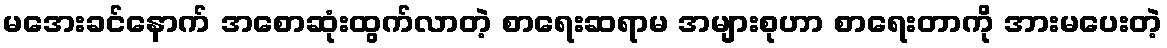
မအေးခင်နောက် အစောဆုံးထွက်လာတဲ့ စာရေးဆရာမ အများစုဟာ စာရေးတာကို အားမပေးတဲ့